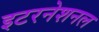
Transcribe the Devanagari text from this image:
इटरनेशनल